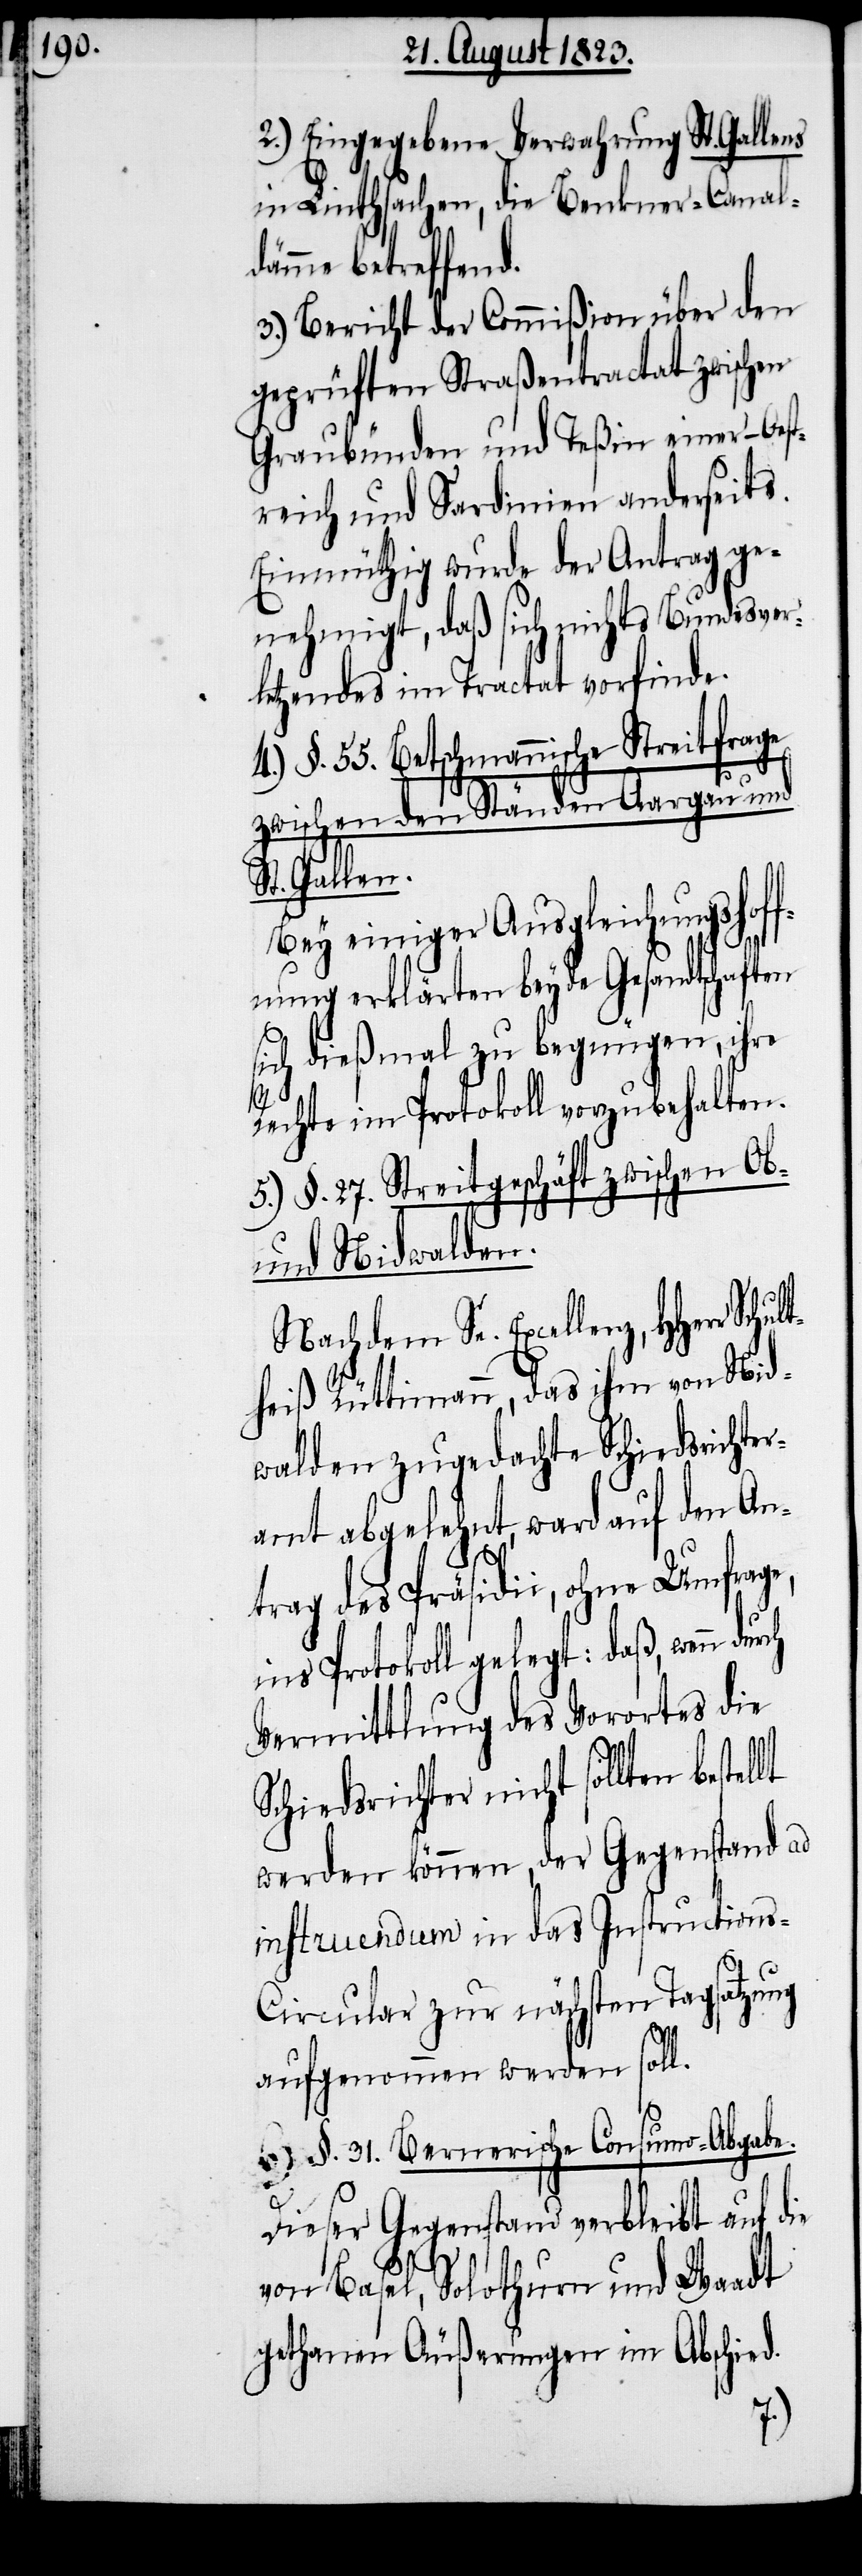
2.) Eingegebene Verwahrung St. Gallens
in Linthsachen, die Benkner-Canal¬
dämme betreffend.
3.) Bericht der Commißion über den
geprüften Straßentractat zwischen
Graubünden und Teßin einer- Oest¬
reich und Sardinien anderseits.
Einmüthig wurde der Antrag ge¬
nehmigt, daß sich nichts Bundesver¬
letzendes im Tractat vorfinde.
4.) §. 55. Betschmannische Streitfrage
zwischen den Ständen Aargau und
St. Gallen.
Bey einiger Ausgleichungshoff¬
nung erklärten beyde Gesandtschaften
sich dießmal zu begnügen, ihre
Rechte im Protokoll vorzubehalten.
5.) §. 27. Streitgeschäft zwischen Ob-
und Nidwalden.
Nachdem Se. Excellenz, HHerr
heiß Rüttimann, das ihm von Nid¬
walden zugedachte Schiedsrichter¬
amt abgelehnt, ward auf dem An¬
trag des Präsidii, ohne Umfrage,
ins Protokoll gelegt: daß, wenn
Vermittlung des Vorortes die
Schiedsrichter nicht sollten
werden können, der Gegenstand ad
instruendum in das Instructions-C¬
ircular zur nächsten Tagsatzung
aufgenommen werden soll.
6.) §. 31. Bernerische Consumo-Abgabe.
auf die
Dieser Gegenstand verbleibt
Waadt
von Basel, Solothurn und
gethanen Äußerungen im Abschied.